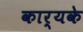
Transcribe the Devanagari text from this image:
कार्यके